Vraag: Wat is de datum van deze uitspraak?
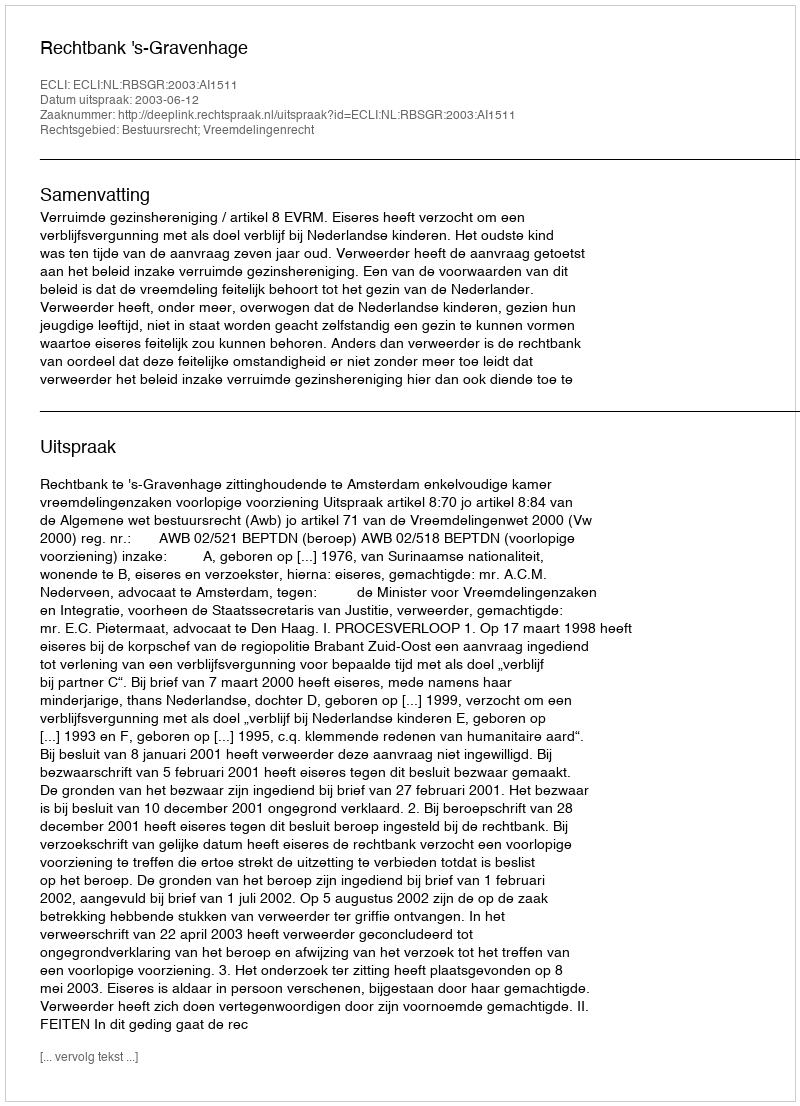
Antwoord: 2003-06-12